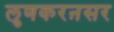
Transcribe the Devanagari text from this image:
लुणकरऩसर